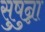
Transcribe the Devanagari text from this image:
सुषुन्ना